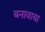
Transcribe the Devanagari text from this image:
बनावाया